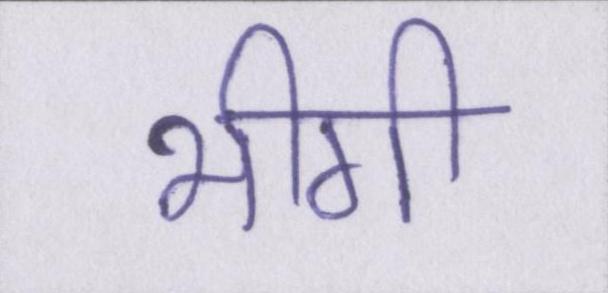
भीगी